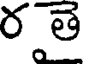
రత